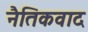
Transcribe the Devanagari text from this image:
नैतिकवाद